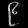
Digit: ၉